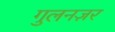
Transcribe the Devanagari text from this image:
गुलनज़र